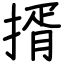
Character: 揟